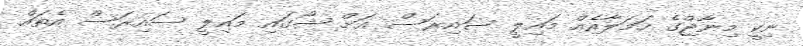
ނިކީ މިނާޖްގެ ހަމަލާއެއް މައިލީ ސައިރަސް އަށް ޝޯގައި މައިލީ ސައިރަސް އެތައް